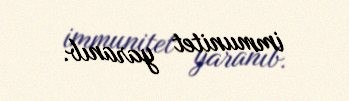
immunitet yaranıb.